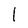
Character: 1